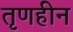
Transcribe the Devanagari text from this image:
तृणहीन